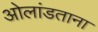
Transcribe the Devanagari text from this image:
ओलांडताना